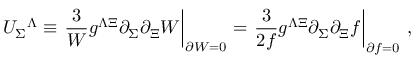
{ \cal U } _ { \Sigma } { } ^ { \Lambda } \equiv \left. \frac { 3 } { W } g ^ { \Lambda \Xi } \partial _ { \Sigma } \partial _ { \Xi } W \right| _ { \partial W = 0 } = \left. \frac { 3 } { 2 f } g ^ { \Lambda \Xi } \partial _ { \Sigma } \partial _ { \Xi } f \right| _ { \partial f = 0 } \, ,